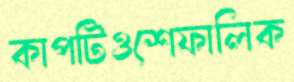
কাপটিওশেফালিক